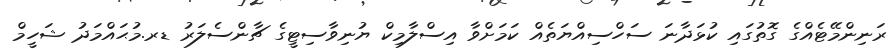
ރަނިންމޭޓެއްގެ ގޮތުގައި ކުޅަދާނަ ސަހްސިއްޔަތެއް ކަމަށްވާ އިސްލާމިކް ޔުނިވާސިޓީގެ ޗާންސެލަރު ޑރ.މުޙައްމަދު ޝަހީމް